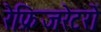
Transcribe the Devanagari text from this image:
रेफ्रिजरेटरों